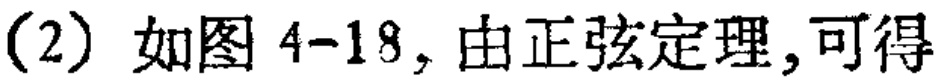
(2) 如图 4-18, 由正弦定理,可得